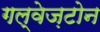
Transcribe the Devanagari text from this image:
गल्वेज़टोन